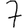
Digit: 7